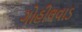
ગોહીલવાડ